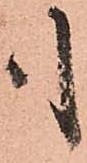
も